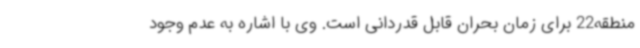
منطقه22 برای زمان بحران قابل قدردانی است. وی با اشاره به عدم وجود